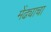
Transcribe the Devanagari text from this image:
मेंढ्याचा